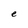
Character: e